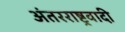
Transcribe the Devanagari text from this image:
अंतरराष्ट्रवादी